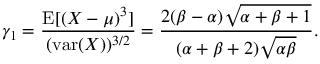
\gamma _ { 1 } = { \frac { \operatorname { E } [ ( X - \mu ) ^ { 3 } ] } { ( \operatorname { v a r } ( X ) ) ^ { 3 / 2 } } } = { \frac { 2 ( \beta - \alpha ) { \sqrt { \alpha + \beta + 1 } } } { ( \alpha + \beta + 2 ) { \sqrt { \alpha \beta } } } } .